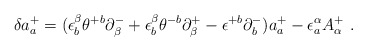
\begin{align*}\delta a^+_a = (\epsilon^\beta_b\theta^{+b} \partial^-_\beta+\epsilon^\beta_b\theta^{-b} \partial^+_\beta- \epsilon^{+b}\partial^-_b)a^+_a -\epsilon^\alpha_a A^+_\alpha \ .\end{align*}